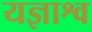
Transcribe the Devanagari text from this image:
यज्ञाश्व